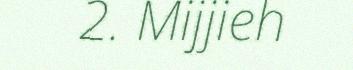
2. Mijjieh